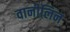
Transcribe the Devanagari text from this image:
वानीलिन